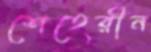
শেহেরীন